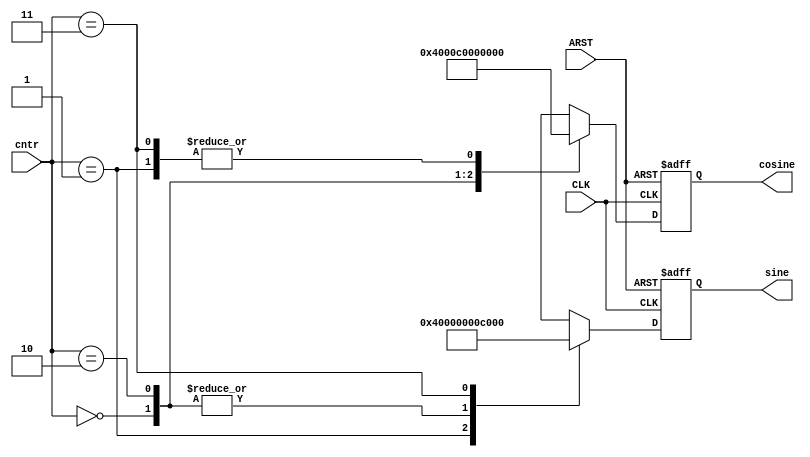
module LkupTbl2 
  (
  cosine,
  sine,
  CLK,
  ARST,
  cntr
  );
output reg [15:0]        sine    ;
output reg [15:0]        cosine  ;
input                    CLK     ;
input                    ARST    ;
input      [1:0]         cntr    ;
always @ (posedge CLK or posedge ARST)
if (ARST)
 begin
  sine   = 'b0000000000000000; 
  cosine = 'b0000000000000000; 
 end
else
 begin
 case (cntr)
  0: 
    begin
      sine   = 'b0000000000000000; 
      cosine = 'b0100000000000000; 
    end
  1: 
    begin
      sine   = 'b0100000000000000; 
      cosine = 'b0000000000000000; 
    end
  2: 
    begin
      sine   = 'b0000000000000000; 
      cosine = 'b1100000000000000; 
    end
  3: 
    begin
      sine   = 'b1100000000000000; 
      cosine = 'b0000000000000000; 
    end
  default:
    begin
      sine   = 'b0000000000000000; 
      cosine = 'b0000000000000000; 
    end
  endcase
 end
endmodule